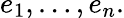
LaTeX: e_{1},\dots,e_{n}.